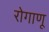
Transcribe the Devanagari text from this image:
रोगाणू